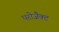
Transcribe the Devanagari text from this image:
परोजैक्ट